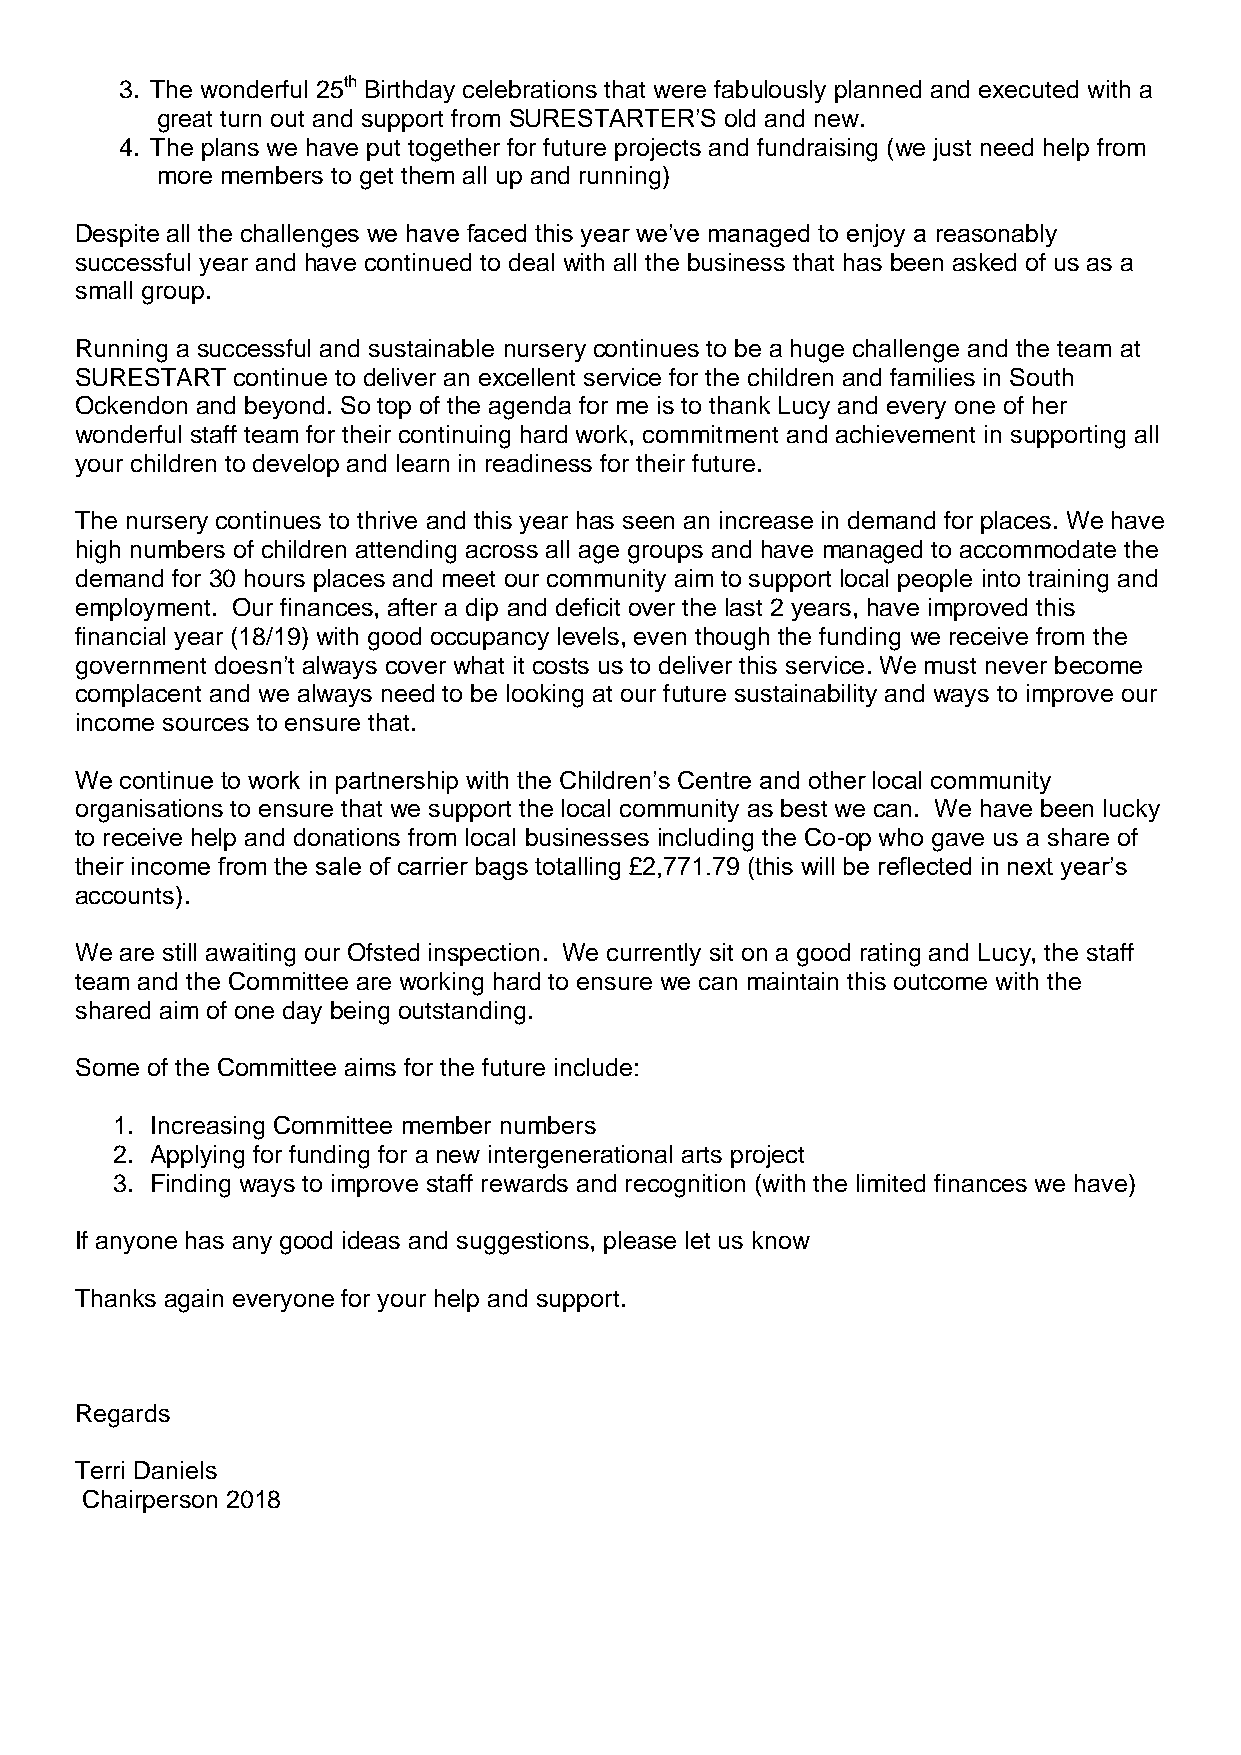
3. The wonderful 25th Birthday celebrations that were fabulously planned and executed with a
 great turn out and support from SURESTARTER’S old and new.
 4. The plans we have put together for future projects and fundraising (we just need help from
 more members to get them all up and running)
 Despite all the challenges we have faced this year we’ve managed to enjoy a reasonably
 successful year and have continued to deal with all the business that has been asked of us as a
 small group.
 Running a successful and sustainable nursery continues to be a huge challenge and the team at
 SURESTART continue to deliver an excellent service for the children and families in South
 Ockendon and beyond. So top of the agenda for me is to thank Lucy and every one of her
 wonderful staff team for their continuing hard work, commitment and achievement in supporting all
 your children to develop and learn in readiness for their future.
 The nursery continues to thrive and this year has seen an increase in demand for places. We have
 high numbers of children attending across all age groups and have managed to accommodate the
 demand for 30 hours places and meet our community aim to support local people into training and
 employment. Our finances, after a dip and deficit over the last 2 years, have improved this
 financial year (18/19) with good occupancy levels, even though the funding we receive from the
 government doesn’t always cover what it costs us to deliver this service. We must never become
 complacent and we always need to be looking at our future sustainability and ways to improve our
 income sources to ensure that.
 We continue to work in partnership with the Children’s Centre and other local community
 organisations to ensure that we support the local community as best we can. We have been lucky
 to receive help and donations from local businesses including the Co-op who gave us a share of
 their income from the sale of carrier bags totalling £2,771.79 (this will be reflected in next year’s
 accounts).
 We are still awaiting our Ofsted inspection. We currently sit on a good rating and Lucy, the staff
 team and the Committee are working hard to ensure we can maintain this outcome with the
 shared aim of one day being outstanding.
 Some of the Committee aims for the future include:
 1. Increasing Committee member numbers
 2. Applying for funding for a new intergenerational arts project
 3. Finding ways to improve staff rewards and recognition (with the limited finances we have)
 If anyone has any good ideas and suggestions, please let us know
 Thanks again everyone for your help and support.
 Regards
 Terri Daniels
 Chairperson 2018